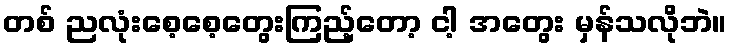
တစ် ညလုံးစေ့စေ့တွေးကြည့်တော့ ငါ့ အတွေး မှန်သလိုဘဲ။